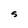
Character: S